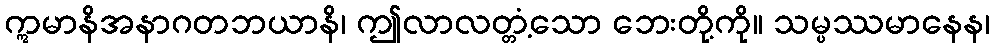
ဣမာနိအနာဂတဘယာနိ၊ ဤလာလတ္တံ့သော ဘေးတို့ကို။ သမ္ပဿမာနေန၊